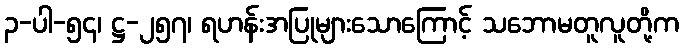
၃-ပါ-၅၄၊ ဋ္ဌ-၂၅၇၊ ရဟန်းအပြုများသောကြောင့် သဘောမတူလူတို့က